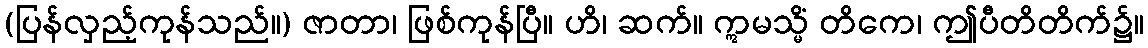
(ပြန်လှည့်ကုန်သည်။) ဇာတာ၊ ဖြစ်ကုန်ပြီ။ ဟိ၊ ဆက်။ ဣမသ္မိံ တိကေ၊ ဤပီတိတိက်၌။